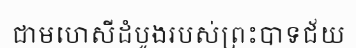
ជាមហេសីដំបូងរបស់ព្រះបាទជ័យ